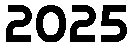
2025